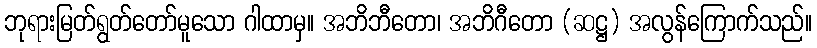
ဘုရားမြတ်ရွတ်တော်မူသော ဂါထာမှ။ အဘိဘီတော၊ အဘိဂီတော (ဆဋ္ဌ) အလွန်ကြောက်သည်။